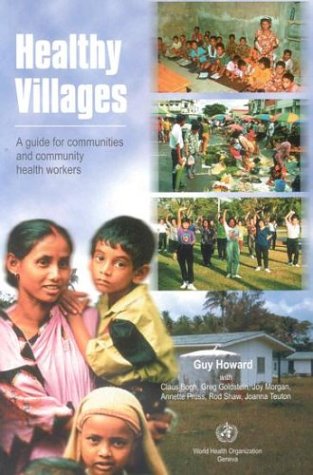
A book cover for Healthy Villages: A Guide for Communities and Community Health Workers; G Howard; Medical Books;